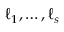
\ell _ { 1 } , \ldots , \ell _ { s }